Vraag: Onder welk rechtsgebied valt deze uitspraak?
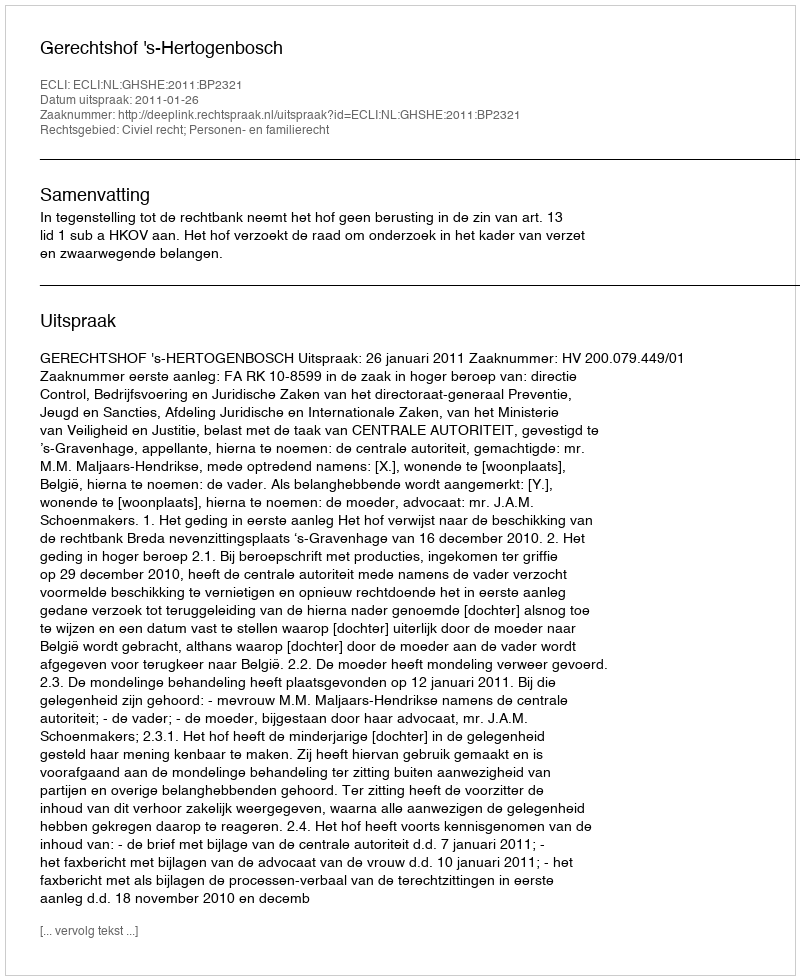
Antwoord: Civiel recht; Personen- en familierecht